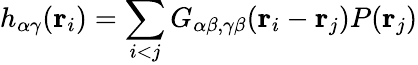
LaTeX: h_{\alpha\gamma}({\mathbf r}_{i})=\sum_{i<j}G_{\alpha\beta,\gamma\beta}({\mathbf r}_{i}-{\mathbf r}_{j})P({\mathbf r}_{j})